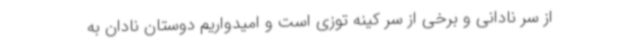
از سر نادانی و برخی از سر کینه توزی است و امیدواریم دوستان نادان به